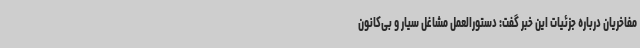
مفاخریان درباره جزئیات این خبر گفت: دستورالعمل مشاغل سیار و بی‌کانون